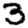
Digit: 3